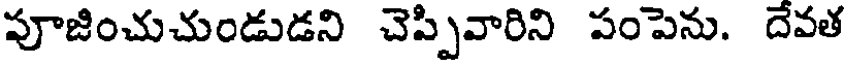
పూజించుచుండుడని చెప్పివారిని పంపెను. దేవత